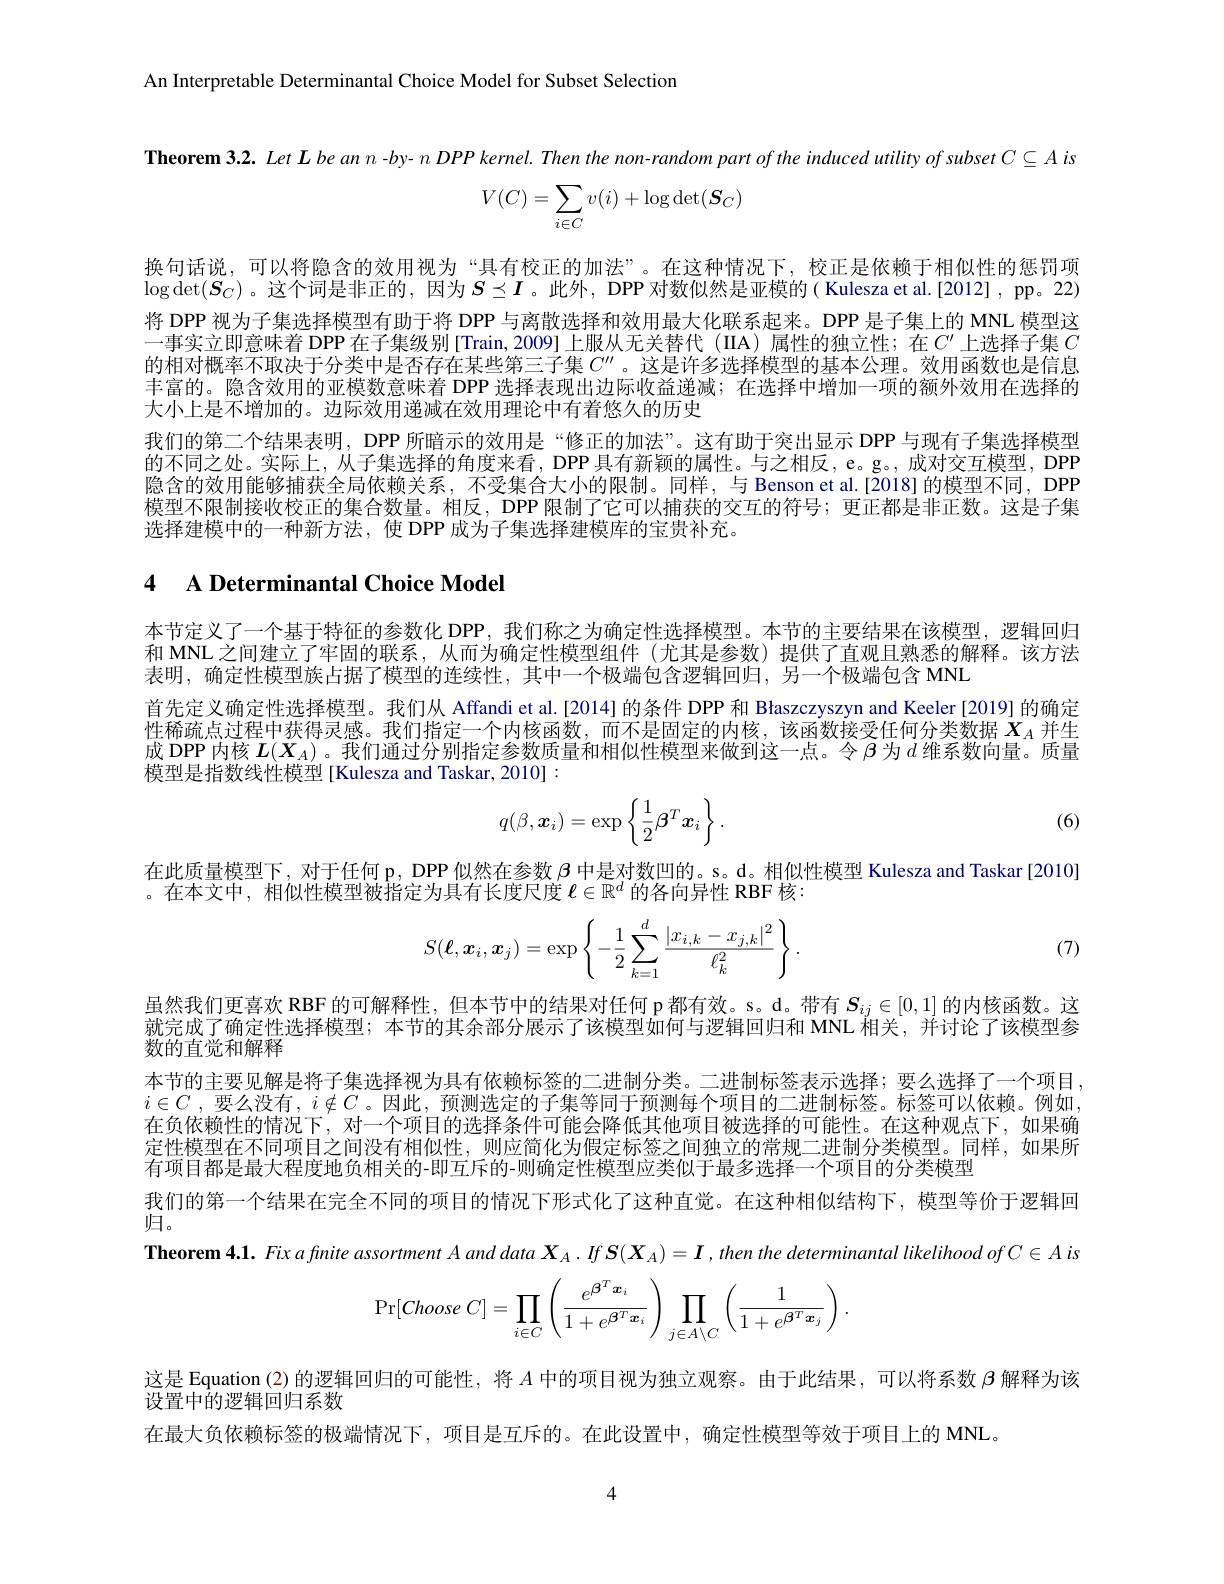
An Interpretable Determinantal Choice Model for Subset Selection

Theorem 3.2. Let L be an n - by- $n\textit{ DPP kernel. Then the non- random part of the induced utility of subset }C\subseteq A$ is
$$\begin{aligned}V(C)=\sum_{i\in C}v(i)+\log\det(\boldsymbol{S}_C)\end{aligned}$$
换句话说，可以将隐含的效用视为“具有校正的加法”。在这种情况下，校正是依赖于相似性的惩罚项$\log\det(\boldsymbol{S}_C)$。这个词是非正的，因为$S\preceq I$。此外，DPP 对数似然是亚模的( Kulesza et al.[2012], pp。22) 将 DPP 视为子集选择模型有助于将 DPP 与离散选择和效用最大化联系起来。DPP 是子集上的 MNL 模型这一事实立即意味着 DPP 在子集级别 [Train,2009]上服从无关替代 (IIA)属性的独立性；在$C^\prime$ 上选择子集 $C$ 的相对概率不取决于分类中是否存在某些第三子集$C^{\prime\prime}$。这是许多选择模型的基本公理。效用函数也是信息丰富的。隐含效用的亚模数意味着 DPP 选择表现出边际收益递减；在选择中增加一项的额外效用在选择的大小上是不增加的。边际效用递减在效用理论中有着悠久的历史
我们的第二个结果表明，DPP 所暗示的效用是“修正的加法”。这有助于突出显示 DPP 与现有子集选择模型的不同之处。实际上，从子集选择的角度来看，DPP 具有新颖的属性。与之相反，e。g。, 成对交互模型，DPP 隐含的效用能够捕获全局依赖关系，不受集合大小的限制。同样，与 Benson et al.[2018] 的模型不同，DPF 模型不限制接收校正的集合数量。相反，DPP 限制了它可以捕获的交互的符号；更正都是非正数。这是子集选择建模中的一种新方法，使 DPP 成为子集选择建模库的宝贵补充。

## 4 A Determinantal Choice Model

本节定义了一个基于特征的参数化 DPP, 我们称之为确定性选择模型。本节的主要结果在该模型，逻辑回归和 MNL 之间建立了牢固的联系，从而为确定性模型组件(尤其是参数)提供了直观且熟悉的解释。该方法表明，确定性模型族占据了模型的连续性，其中一个极端包含逻辑回归，另一个极端包含 MNL
首先定义确定性选择模型。我们从 Affandi et al.[2014]的条件 DPP 和 Błaszczyszyn and Keeler[2019] 的确定性稀疏点过程中获得灵感。我们指定一个内核函数，而不是固定的内核，该函数接受任何分类数据$X_A$并生成 DPP 内核$L(X_A)$。我们通过分别指定参数质量和相似性模型来做到这一点。令$\beta$为$d$维系数向量。质量模型是指数线性模型[Kulesza and Taskar,2010]:
$$q(\beta,\boldsymbol{x}_i)=\exp\left\{\frac{1}{2}\boldsymbol{\beta}^T\boldsymbol{x}_i\right\}.$$
(6)

在此质量模型下，对于任何 p, DPP 似然在参数$\beta$中是对数凹的。s。d。相似性模型 Kulesza and Taskar[2010]
。在本文中，相似性模型被指定为具有长度尺度$\ell\in\mathbb{R}^d$的各向异性 RBF 核：

(7)
$$S(\boldsymbol\ell,\boldsymbol x_i,\boldsymbol x_j)=\exp\left\{-\frac{1}{2}\sum_{k=1}^d\frac{|x_{i,k}-x_{j,k}|^2}{\ell_k^2}\right\}.$$
虽然我们更喜欢 RBF 的可解释性，但本节中的结果对任何 p都有效。s。d。带有$S_ij\in[0,1]$的内核函数。这就完成了确定性选择模型；本节的其余部分展示了该模型如何与逻辑回归和 MNL 相关，并讨论了该模型参数的直觉和解释
本节的主要见解是将子集选择视为具有依赖标签的二进制分类。二进制标签表示选择；要么选择了一个项目$i\in C$ ,要么没有$,i\notin C$ 。因此，预测选定的子集等同于预测每个项目的二进制标签。标签可以依赖。例如在负依赖性的情况下，对一个项目的选择条件可能会降低其他项目被选择的可能性。在这种观点下，如果确定性模型在不同项目之间没有相似性，则应简化为假定标签之间独立的常规二进制分类模型。同样，如果所有项目都是最大程度地负相关的-即互斥的-则确定性模型应类似于最多选择一个项目的分类模型
我们的第一个结果在完全不同的项目的情况下形式化了这种直觉。在这种相似结构下，模型等价于逻辑回
归。
Theorem $4. 1. \textit{Fix afinite assortment A and data }\boldsymbol{X}_A. If\boldsymbol{S}( \boldsymbol{X}_A) = \boldsymbol{I}, then$ the determinantal likelihood of$C\in Ais$
$$\Pr[Choose\:C]=\prod\limits_{i\in C}\left(\frac{e^{\boldsymbol{\beta}^T\boldsymbol{x}_i}}{1+e^{\boldsymbol{\beta}^T\boldsymbol{x}_i}}\right)\prod\limits_{j\in A\setminus C}\left(\frac{1}{1+e^{\boldsymbol{\beta}^T\boldsymbol{x}_j}}\right).$$
这是 Equation (2) 的逻辑回归的可能性，将$A$中的项目视为独立观察。由于此结果，可以将系数$\beta$解释为该
设置中的逻辑回归系数
在最大负依赖标签的极端情况下，项目是互斥的。在此设置中，确定性模型等效于项目上的 MNL。

4